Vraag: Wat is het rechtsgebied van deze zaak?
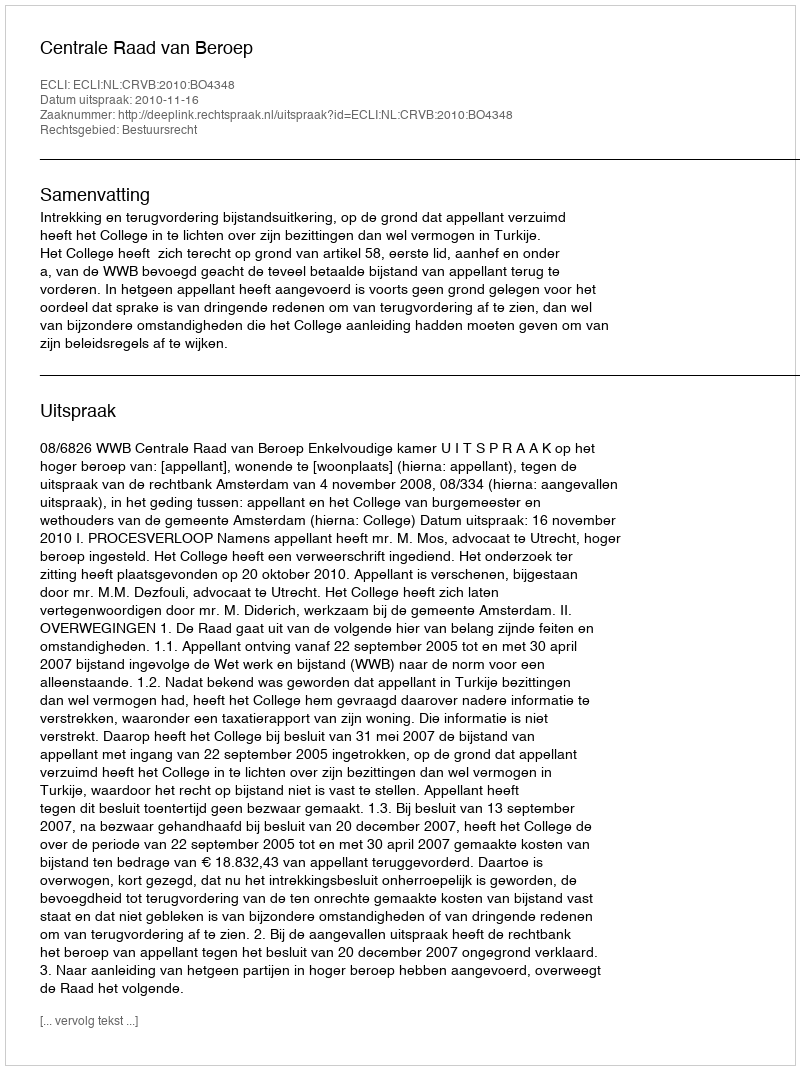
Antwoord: Bestuursrecht